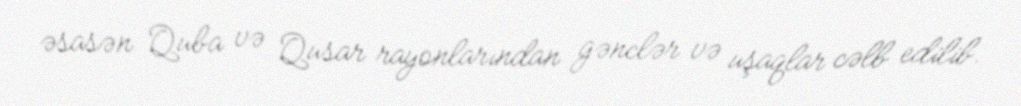
əsasən Quba və Qusar rayonlarından gənclər və uşaqlar cəlb edilib.